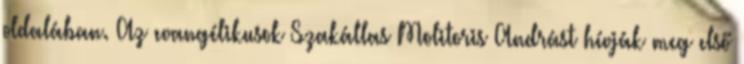
oldalában. Az evangélikusok Szakállas Molitoris Andrást hívják meg első